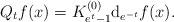
LaTeX: \begin{align*} Q_t f(x) = K^{(0)}_{e^{t}-1}{{\rm{d}}_{e^{-t}}} f (x).\end{align*}